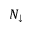
N _ { \downarrow }